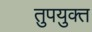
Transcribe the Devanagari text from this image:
तुपयुक्त